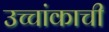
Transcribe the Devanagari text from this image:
उच्चांकाची